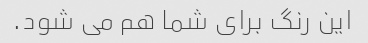
این رنگ برای شما هم می شود.